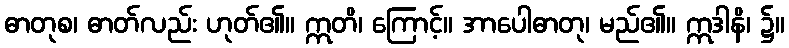
ဓာတုစ၊ ဓာတ်လည်း ဟုတ်၏။ ဣတိ၊ ကြောင့်။ အာပေါဓာတု၊ မည်၏။ ဣဒါနိ၊ ၌။